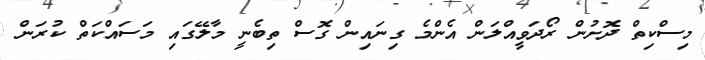
މިސްކިތް ދޮށުން ރޯދަވީއްލަން އެންމެ ގިނައިން ގޮސް ތިބެނީ މާލޭގައި މަސައްކަތް ކުރަން